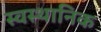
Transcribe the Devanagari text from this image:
स्वस्थानिक